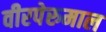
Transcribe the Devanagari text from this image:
वीरपेरुमाल